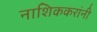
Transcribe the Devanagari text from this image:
नाशिककरांनी